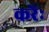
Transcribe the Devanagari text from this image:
करेंः